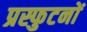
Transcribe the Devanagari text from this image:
प्रस्फुटनों